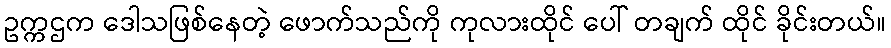
ဥက္ကဌက ဒေါသဖြစ်နေတဲ့ ဖောက်သည်ကို ကုလားထိုင် ပေါ် တချက် ထိုင် ခိုင်းတယ်။